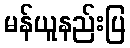
မန်ယူနည်းပြ